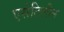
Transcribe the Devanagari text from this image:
एसेटिलीन